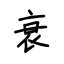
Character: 衰